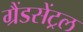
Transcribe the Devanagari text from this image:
ग्रैंडसेंट्रल